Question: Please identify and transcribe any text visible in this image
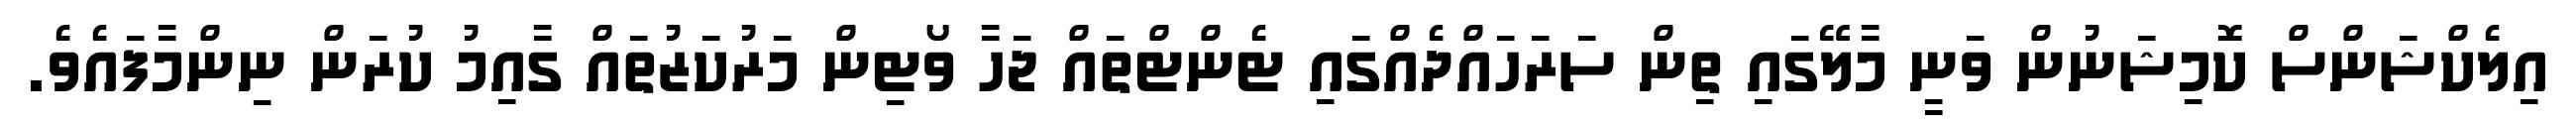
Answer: އިލެކްޝަންސް ކޮމިޝަނުން ވަނީ މާލޭގައި ތިން ސަރަހައްދެއްގައި ޓެންޓްތައް ޖަހާ ވޯޓިން މަރުކަޒުތައް ގާއިމު ކުރަން ނިންމާފައެވެ.